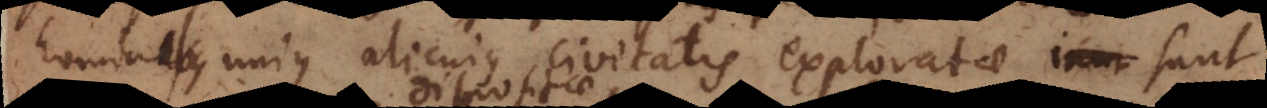
hominibus unius alicujus civitatis exploratae sunt